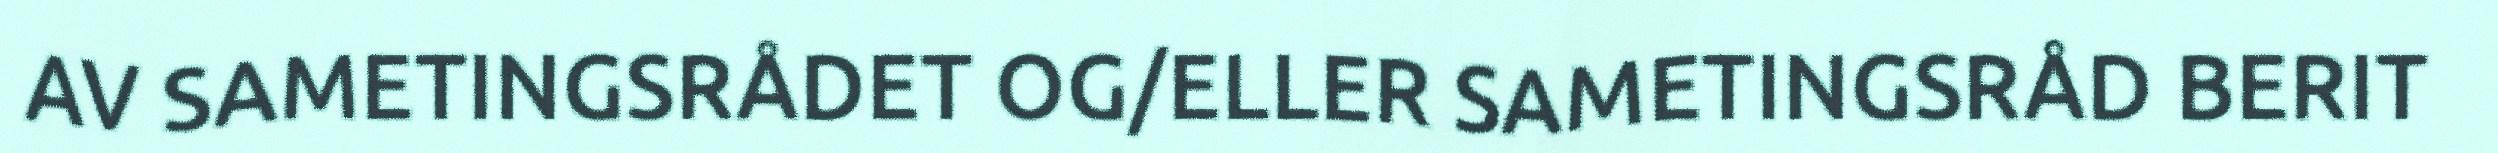
AV SAMETINGSRÅDET OG/ELLER SAMETINGSRÅD BERIT